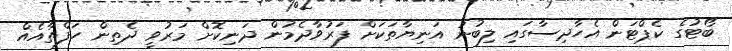
ބޯޓުގެ ކެޕްޓަން އެހާދިސާގައި ލިބުނު އަނިޔާތަކަށް ފަރުވާދެމުން ދަނިކޮށް މަރުވީ ދެތިން ހަފްތާއެއް